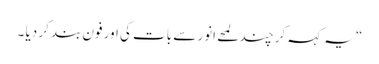
“ یہ کہہ کر چند لمحے انور سے بات کی اور فون بند کر دیا ۔